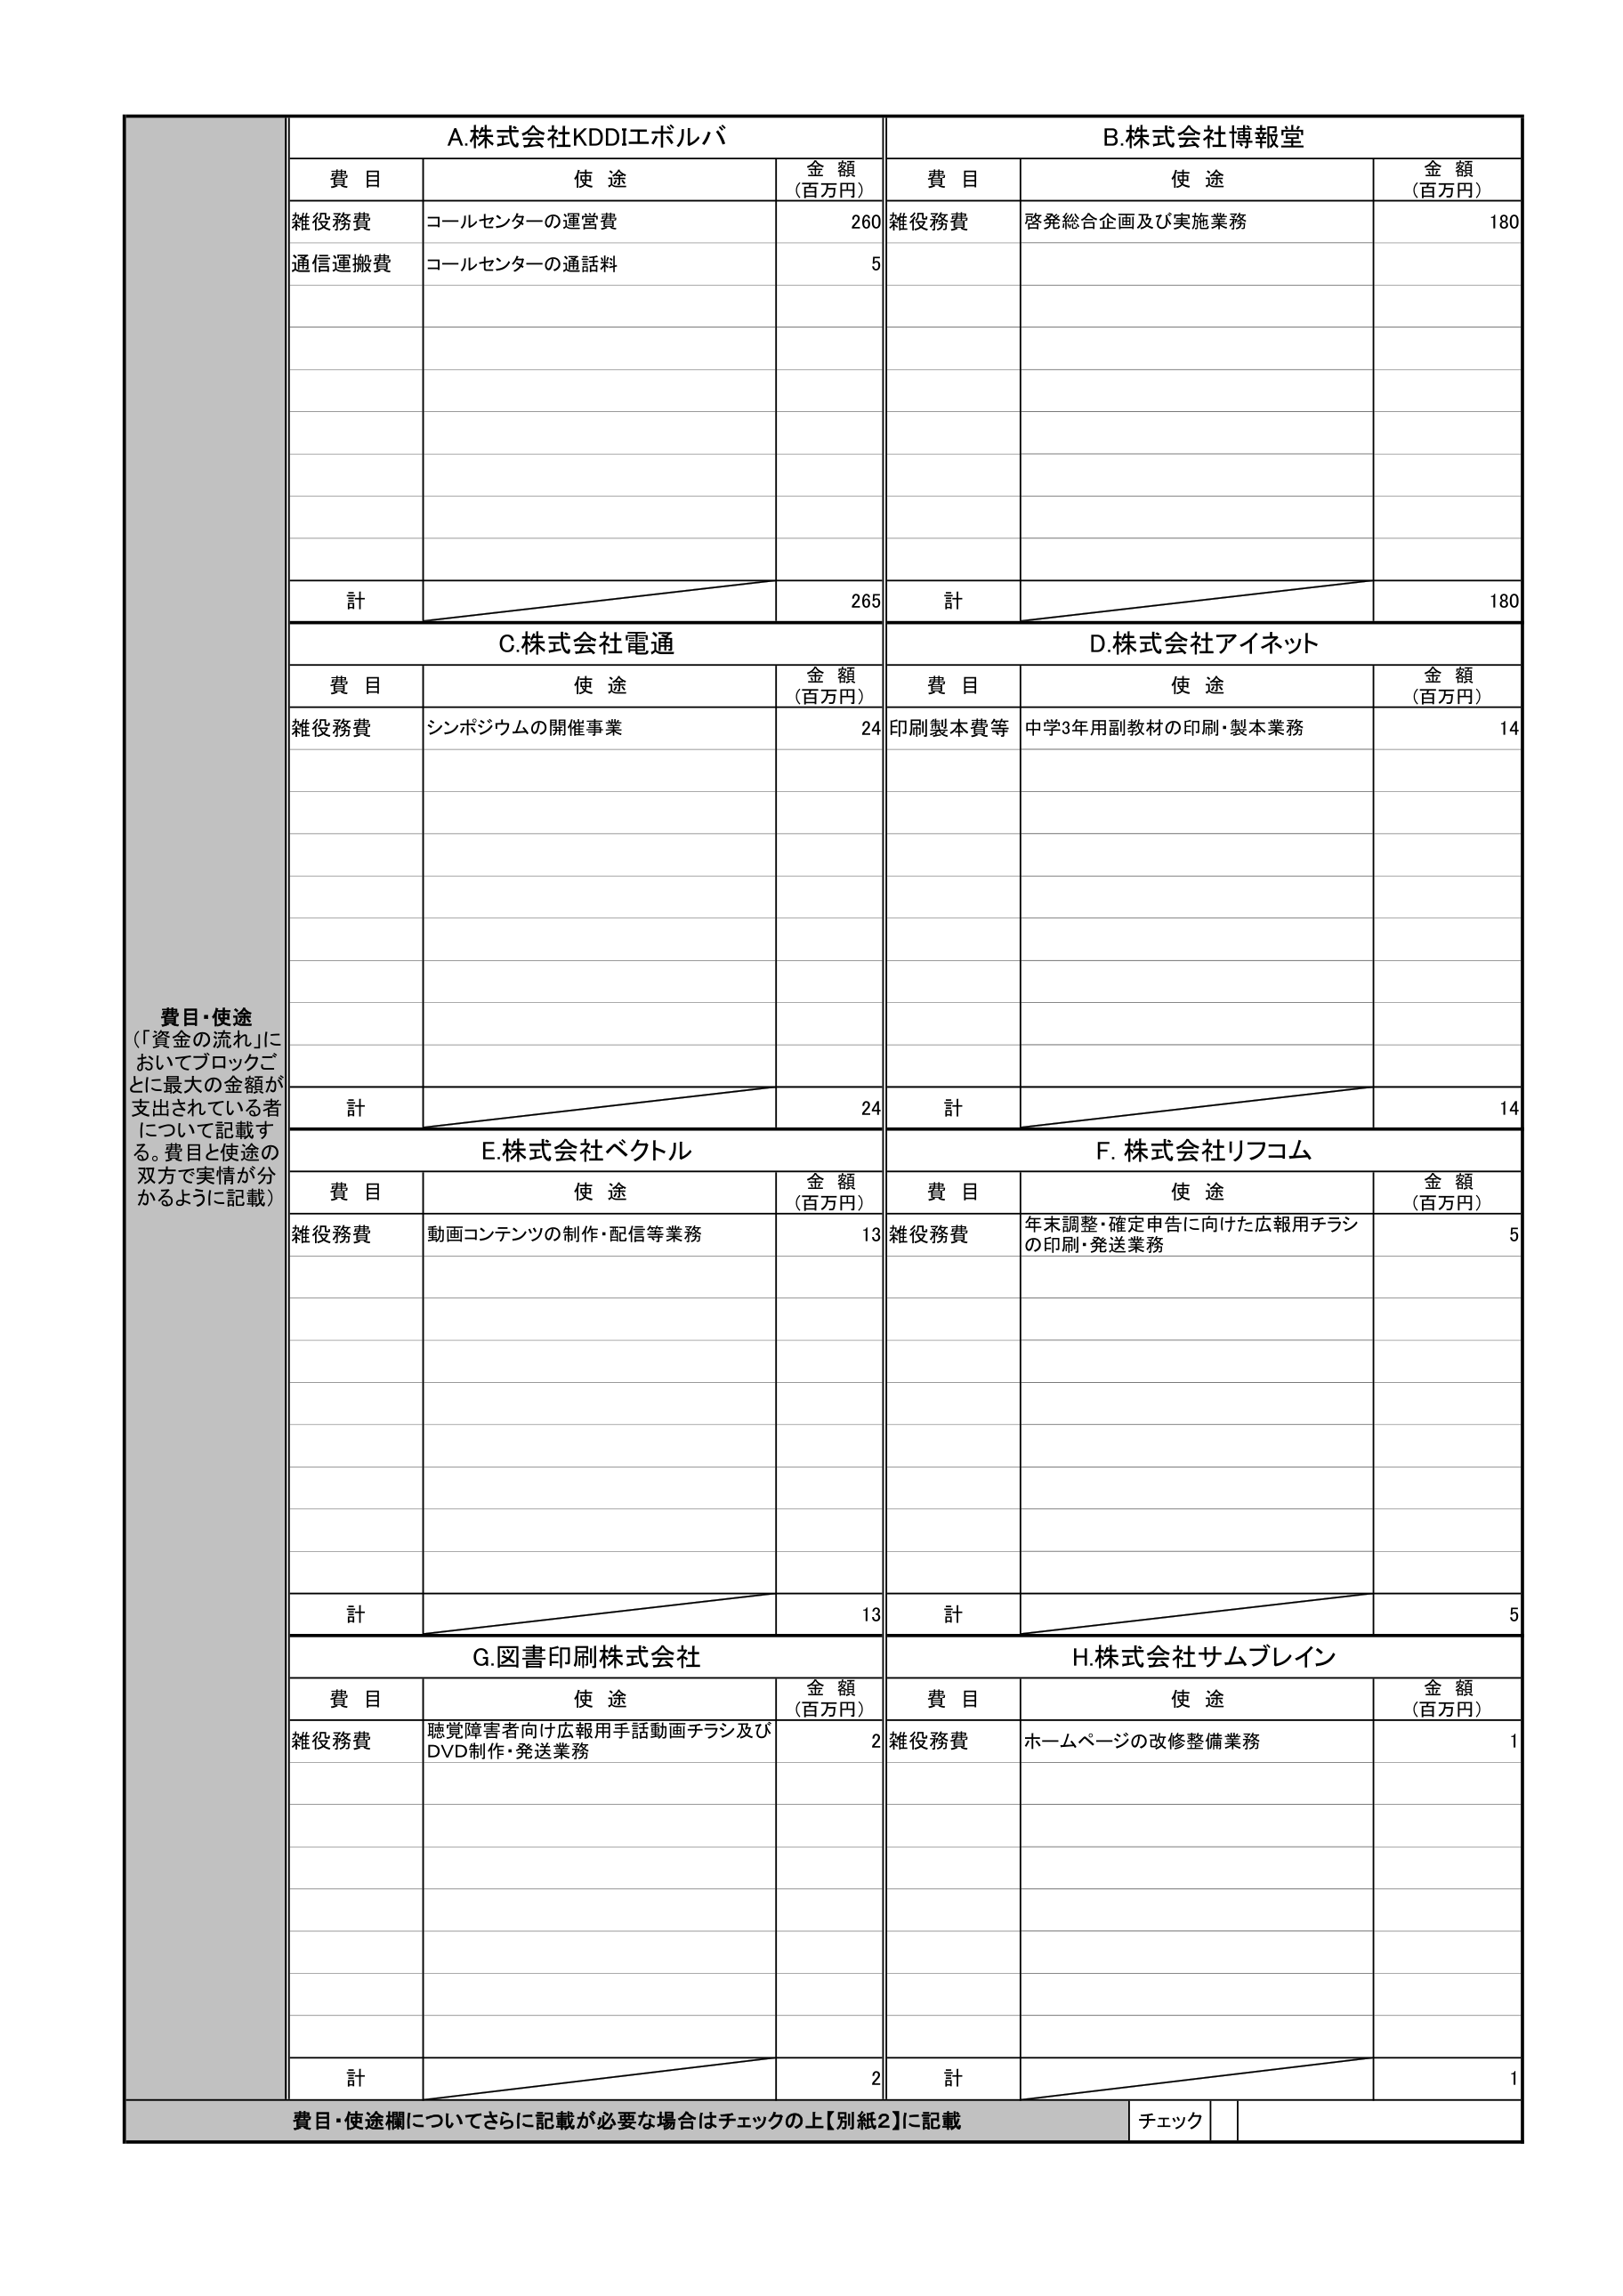
費目・使途
（「資金の流れ」においてブロックごとに最大の金額が支出されている者について記載する。費目と使途の双方で実情が分かるように記載）

A.株式会社KDDIエボルバ
費目　　　　　　使途　　　　　　　　　　金額（百万円）
雑役務費　　　　コールセンターの運営費　　　　260
通信運搬費　　　コールセンターの通話料　　　　5
計　　　　　　　　　　　　　　　　　　　　265

B.株式会社博報堂
費目　　　　　　使途　　　　　　　　　　金額（百万円）
雑役務費　　　　啓発総合企画及び実施業務　　180
計　　　　　　　　　　　　　　　　　　　　180

C.株式会社電通
費目　　　　　　使途　　　　　　　　　　金額（百万円）
雑役務費　　　　シンポジウムの開催事業　　　24
計　　　　　　　　　　　　　　　　　　　　24

D.株式会社アイネット
費目　　　　　　使途　　　　　　　　　　金額（百万円）
印刷製本費等　　中学3年用副教材の印刷・製本業務　14
計　　　　　　　　　　　　　　　　　　　　14

E.株式会社ベクトル
費目　　　　　　使途　　　　　　　　　　金額（百万円）
雑役務費　　　　動画コンテンツの制作・配信等業務　13
計　　　　　　　　　　　　　　　　　　　　13

F.株式会社リフコム
費目　　　　　　使途　　　　　　　　　　金額（百万円）
雑役務費　　　　年末調整・確定申告に向けた広報用チラシの印刷・発送業務　5
計　　　　　　　　　　　　　　　　　　　　5

G.図書印刷株式会社
費目　　　　　　使途　　　　　　　　　　金額（百万円）
雑役務費　　　　聴覚障害者向け広報用手話動画チラシ及びDVD制作・発送業務　2
計　　　　　　　　　　　　　　　　　　　　2

H.株式会社サムブレイン
費目　　　　　　使途　　　　　　　　　　金額（百万円）
雑役務費　　　　ホームページの改修整備業務　　1
計　　　　　　　　　　　　　　　　　　　　1

費目・使途欄についてさらに記載が必要な場合はチェックの上【別紙2】に記載
チェック